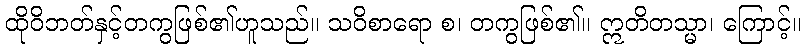
ထိုဝိဘတ်နှင့်တကွဖြစ်၏ဟူသည်။ သဝိစာရော စ၊ တကွဖြစ်၏။ ဣတိတသ္မာ၊ ကြောင့်။